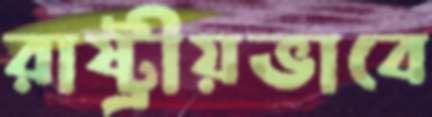
রাষ্ট্রীয়ভাবে